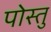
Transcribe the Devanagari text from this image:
पोस्तु